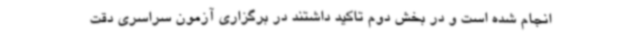
انجام شده است و در بخش دوم تاکید داشتند در برگزاری آزمون سراسری دقت